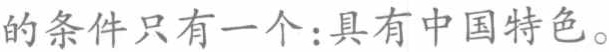
的条件只有一个：具有中国特色。